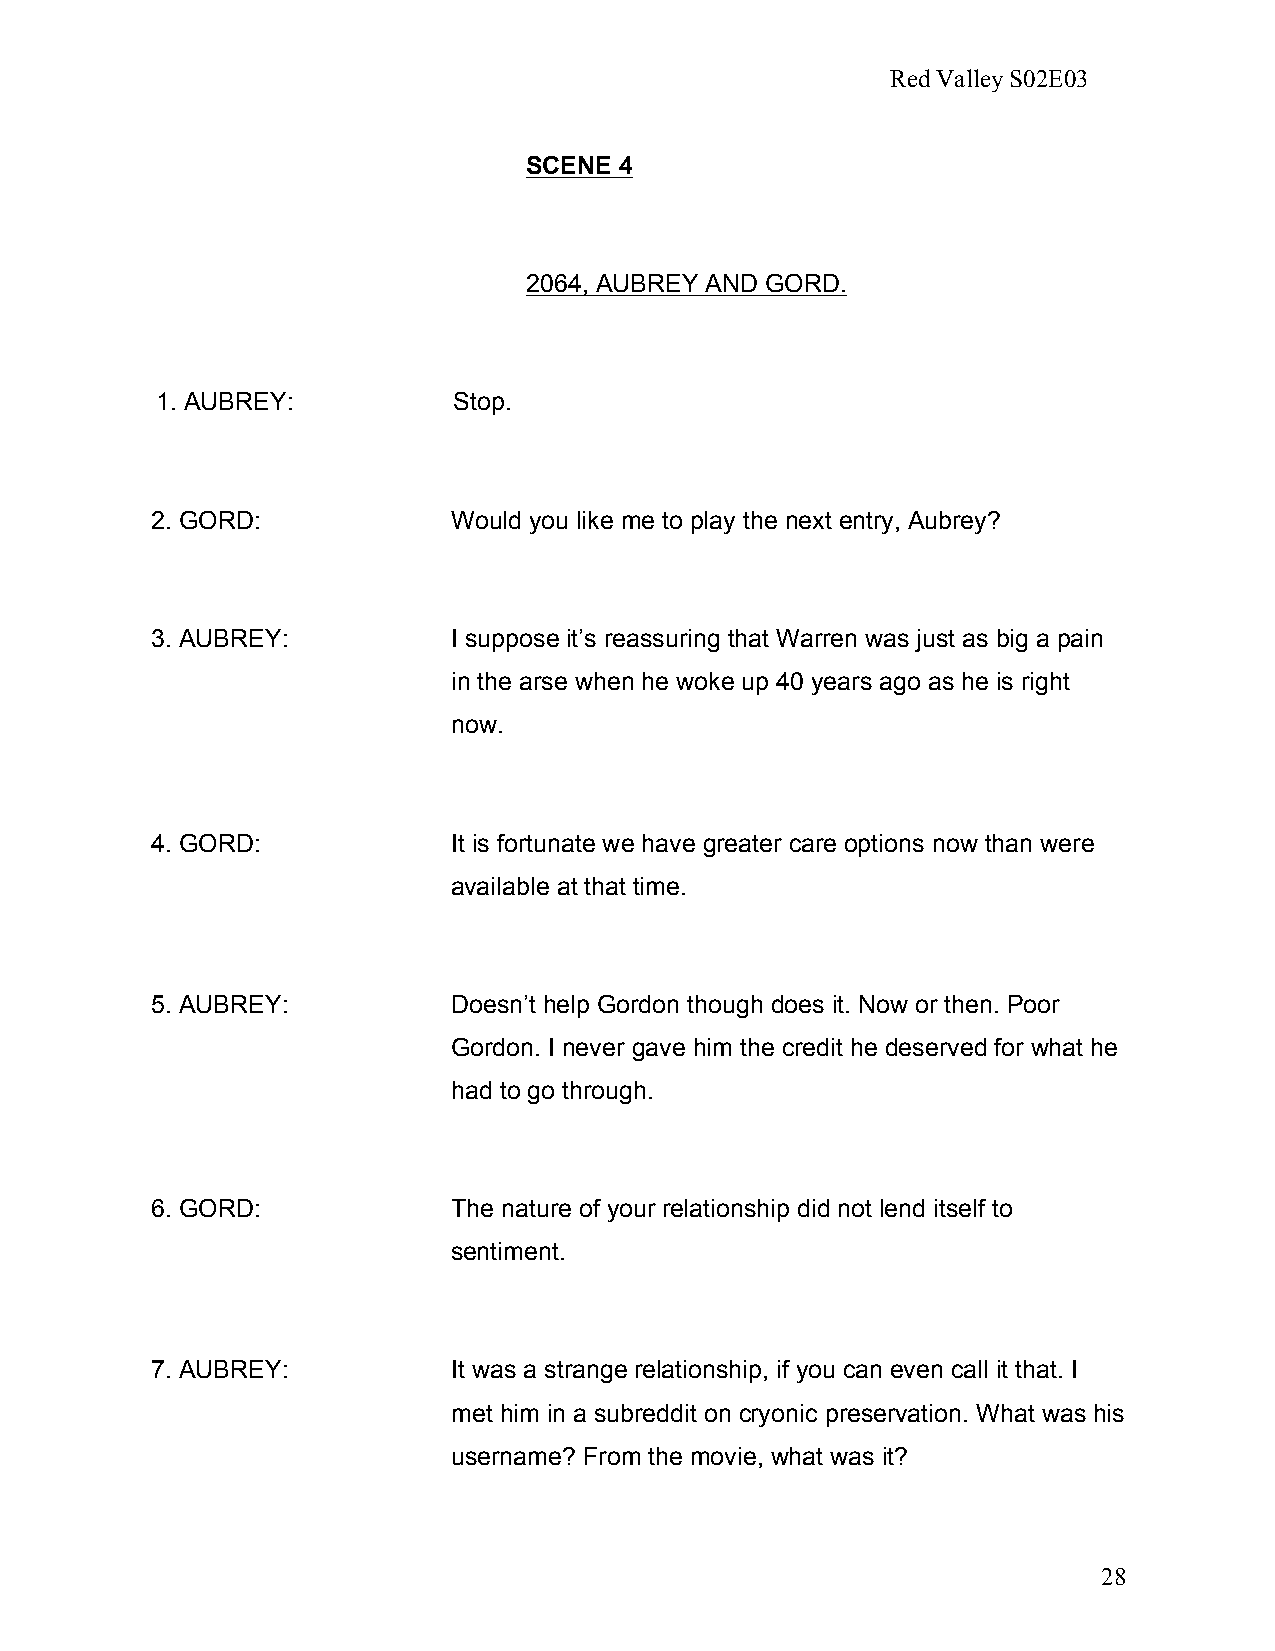
Red Valley S02E03
 SCENE 4
 2064, AUBREY AND GORD.
 1. AUBREY:          Stop.
 2. GORD:            Would you like me to play the next entry, Aubrey?
 3. AUBREY:          I suppose it’s reassuring that Warren was just as big a pain
 in the arse when he woke up 40 years ago as he is right
 now.
 4. GORD:            It is fortunate we have greater care options now than were
 available at that time.
 5. AUBREY:          Doesn’t help Gordon though does it. Now or then. Poor
 Gordon. I never gave him the credit he deserved for what he
 had to go through.
 6. GORD:            The nature of your relationship did not lend itself to
 sentiment.
 7. AUBREY:          It was a strange relationship, if you can even call it that. I
 met him in a subreddit on cryonic preservation. What was his
 username? From the movie, what was it?
 28